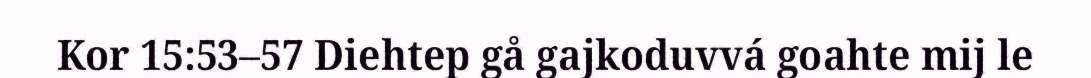
Kor 15:53–57 Diehtep gå gajkoduvvá goahte mij le